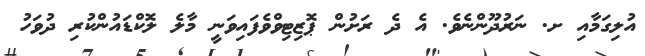
އުލިގަމާއި ށ. ނަރުދޫންނެވެ. އެ ދެ ރަށުން ޕޮޒިޓިވްވެފައިވަނީ މާލެ ލޮކްޑައުންކުރި ދުވަހު